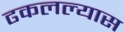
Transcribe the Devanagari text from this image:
ढकलल्यास